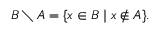
B \setminus A = \{ x \in B \mid x \notin A \} .